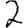
Digit: 2